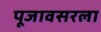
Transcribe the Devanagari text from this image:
पूजावसरला